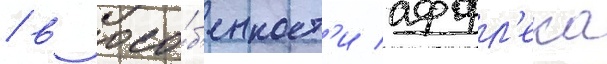
/ в осо́б'енност'и аффл'ека